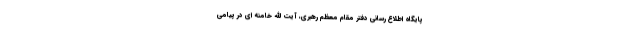
پایگاه اطلاع رسانی دفتر مقام معظم رهبری، آیت الله خامنه ای در پیامی